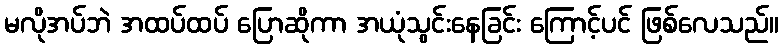
မလိုအပ်ဘဲ အထပ်ထပ် ပြောဆိုကာ အယုံသွင်းနေခြင်း ကြောင့်ပင် ဖြစ်လေသည်။